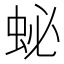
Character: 䖩